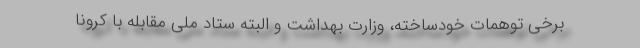
برخی توهمات خودساخته، وزارت بهداشت و البته ستاد ملی مقابله با کرونا